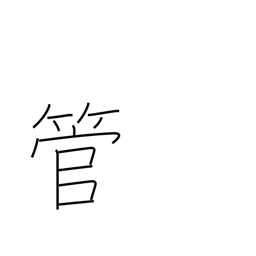
Meaning: drunken talk